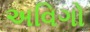
અવિગો